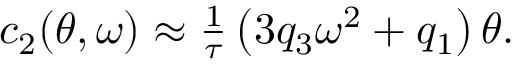
\begin{array} { r } { c _ { 2 } ( \theta , \omega ) \approx \frac { 1 } { \tau } \left( 3 q _ { 3 } \omega ^ { 2 } + q _ { 1 } \right) \theta . } \end{array}